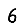
Digit: 6